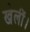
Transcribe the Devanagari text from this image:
खेलीं।